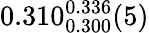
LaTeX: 0.310_{0.300}^{0.336}(5)